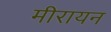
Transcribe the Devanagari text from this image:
मीरायन